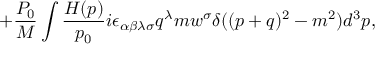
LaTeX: + \frac { P _ { 0 } } M \int \frac { H ( p ) } { p _ { 0 } } i \epsilon _ { \alpha \beta \lambda \sigma } q ^ { \lambda } m w ^ { \sigma } \delta ( ( p + q ) ^ { 2 } - m ^ { 2 } ) d ^ { 3 } p ,